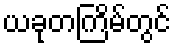
ယခုတကြိမ်တွင်